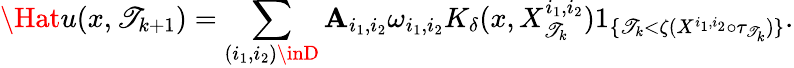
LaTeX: \Hat{u}(x,\mathscr{T}_{k+1})=\sum_{(i_{1},i_{2})\inD}\mathbf{A}_{i_{1},i_{2}}\omega_{i_{1},i_{2}}K_{\delta}(x,X_{\mathscr{T}_{k}}^{i_{1},i_{2}})1_{\{ \mathscr{T}_{k}<\zeta(X^{i_{1},i_{2}}\circ\tau_{\mathscr{T}_{k}})\} }.